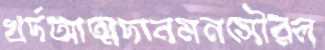
খর্দআত্মদানমনসৌরল